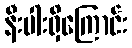
နီးပါးရှိကြောင်း